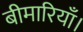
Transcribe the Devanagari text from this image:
बीमारियाँ।